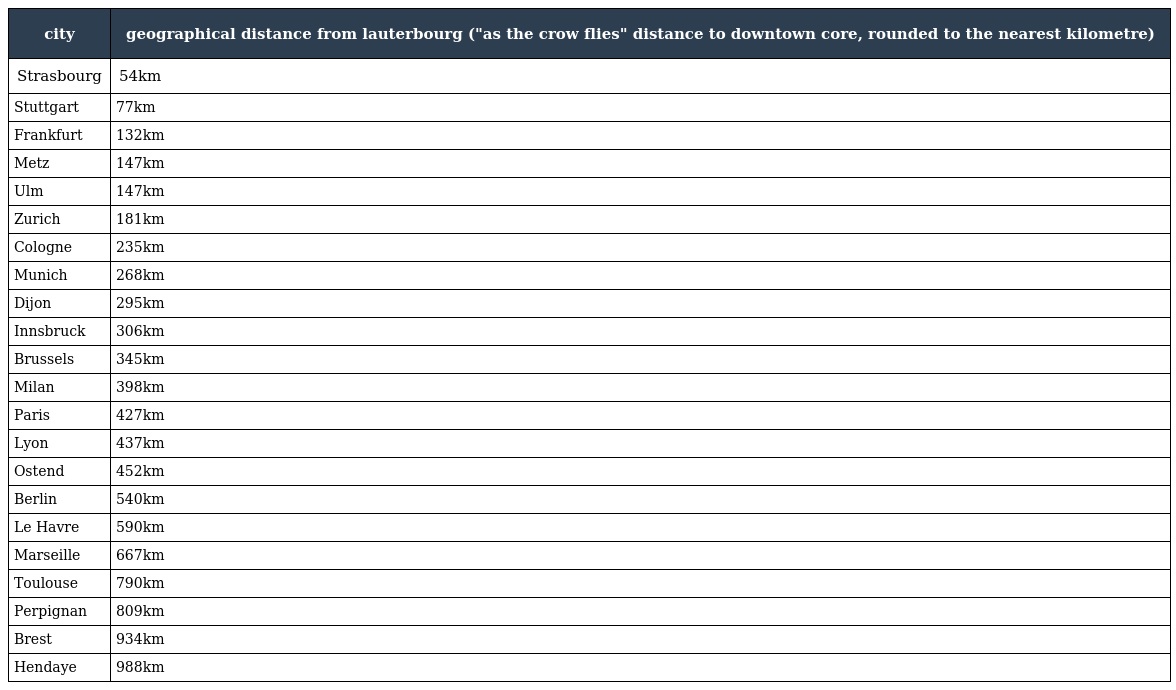
| city | geographical distance from lauterbourg ("as the crow flies" distance to downtown core, rounded to the nearest kilometre) |
 | --- | --- |
 | Strasbourg | 54km |
 | Stuttgart | 77km |
 | Frankfurt | 132km |
 | Metz | 147km |
 | Ulm | 147km |
 | Zurich | 181km |
 | Cologne | 235km |
 | Munich | 268km |
 | Dijon | 295km |
 | Innsbruck | 306km |
 | Brussels | 345km |
 | Milan | 398km |
 | Paris | 427km |
 | Lyon | 437km |
 | Ostend | 452km |
 | Berlin | 540km |
 | Le Havre | 590km |
 | Marseille | 667km |
 | Toulouse | 790km |
 | Perpignan | 809km |
 | Brest | 934km |
 | Hendaye | 988km |